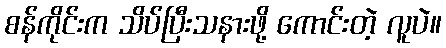
စန်ကိုင်းက သိပ်ပြီးသနားဖို့ ကောင်းတဲ့ လူပဲ။